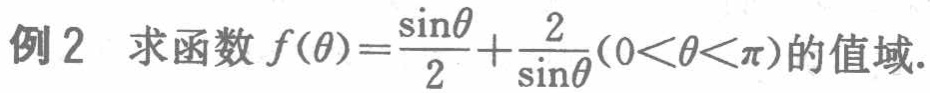
例2 求函数\(f(\theta)=\frac{\sin\theta}{2}+\frac{2}{\sin\theta}(0<\theta<\pi)\)的值域.